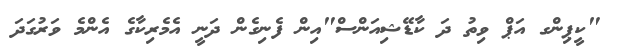
"ކީޕިންގ އަޕް ވިތު ދަ ކާޑޭޝިއަންސް"އިން ފެނިގެން ދަނީ އެމެރިކާގެ އެންމެ ވަަރުގަދަ